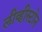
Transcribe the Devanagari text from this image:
लीव्हीस्टोन